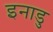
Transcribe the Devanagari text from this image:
इनाडु